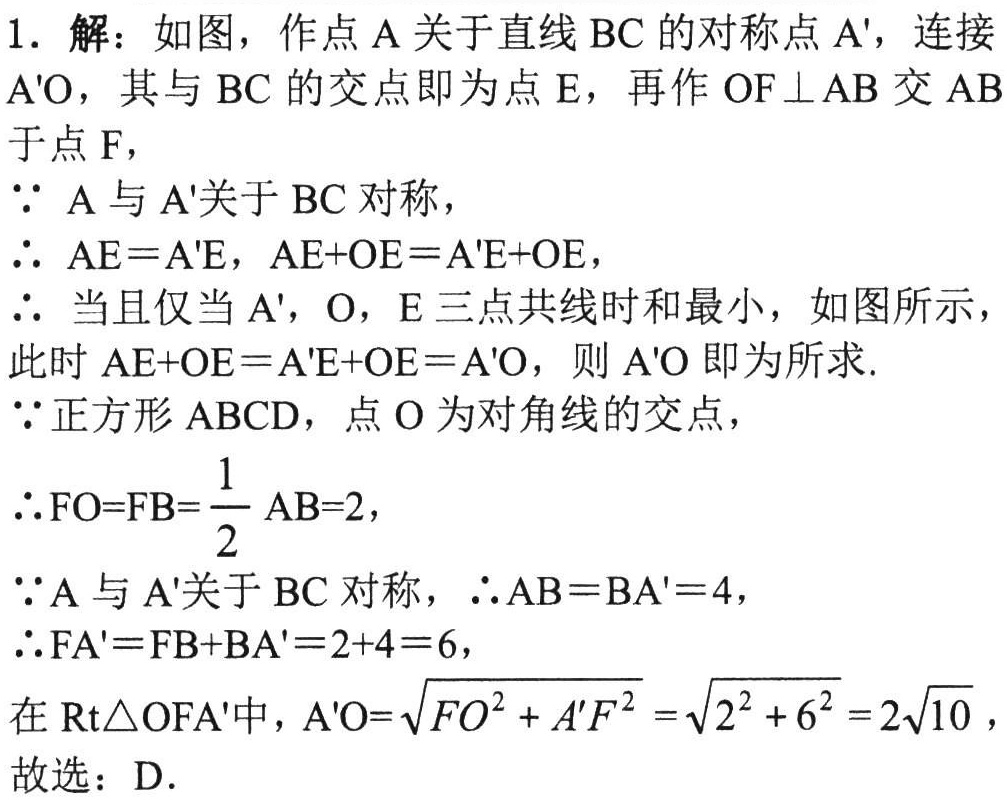
1. 解：如图，作点\(A\)关于直线\(BC\)的对称点\(A'\)，连接\(A'O\)，其与\(BC\)的交点即为点\(E\)，再作\(OF\perp AB\)交\(AB\)于点\(F\)，

\(\because A\)与\(A'\)关于\(BC\)对称，

\(\therefore AE = A'E\)，\(AE + OE = A'E + OE\)，

\(\therefore\)当且仅当\(A'\)，\(O\)，\(E\)三点共线时和最小，如图所示，

此时\(AE + OE = A'E + OE = A'O\)，则\(A'O\)即为所求.

\(\because\)正方形\(ABCD\)，点\(O\)为对角线的交点，

\(\therefore FO = FB=\dfrac{1}{2}AB = 2\)，

\(\because A\)与\(A'\)关于\(BC\)对称，\(\therefore AB = BA' = 4\)，

\(\therefore FA' = FB + BA' = 2 + 4 = 6\)，

在\(Rt\triangle OFA'\)中，\(A'O=\sqrt{FO^{2}+A'F^{2}}=\sqrt{2^{2}+6^{2}} = 2\sqrt{10}\)，

故选：\(D\).